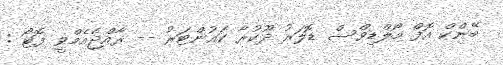
ބޭންކް އޮފް މޯލްޑިވްސް ޑޮލަރު ދޫކުރާ ކައުންޓަރު -- ރާއްޖެއެމްވީ ފޮޓޯ :